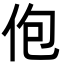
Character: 佨